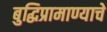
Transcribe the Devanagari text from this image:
बुद्धिप्रामाण्याचे